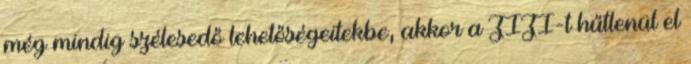
még mindig szélesedő lehetőségeitekbe, akkor a ZIZI-t hűtlenül el